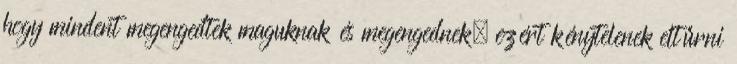
hogy mindent megengedtek maguknak és megengednek, ezért kénytelenek eltűrni